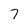
Character: 7